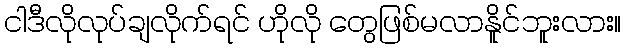
ငါဒီလိုလုပ်ချလိုက်ရင် ဟိုလို တွေဖြစ်မလာနိူင်ဘူးလား။